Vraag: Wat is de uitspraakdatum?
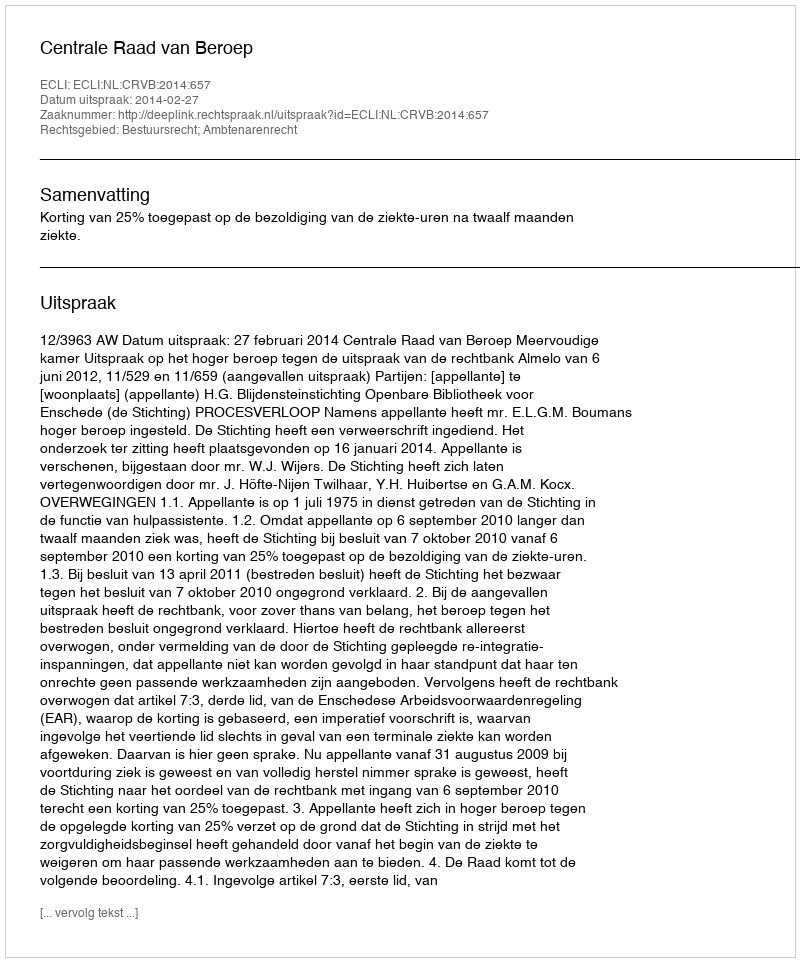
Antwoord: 2014-02-27